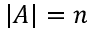
\vert A \vert = n